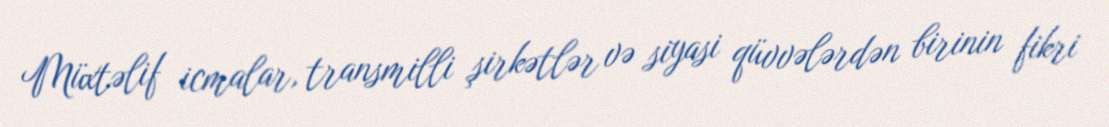
Müxtəlif icmalar, transmilli şirkətlər və siyasi qüvvələrdən birinin fikri